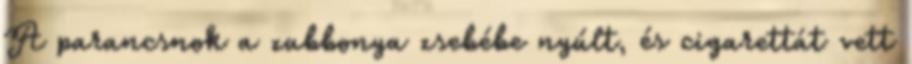
A parancsnok a zubbonya zsebébe nyúlt, és cigarettát vett